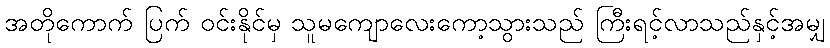
အတိုကောက် ပြက် ဝင်းနိုင်မှ သူမကျောလေးကော့သွားသည် ကြီးရင့်လာသည်နှင့်အမျှ